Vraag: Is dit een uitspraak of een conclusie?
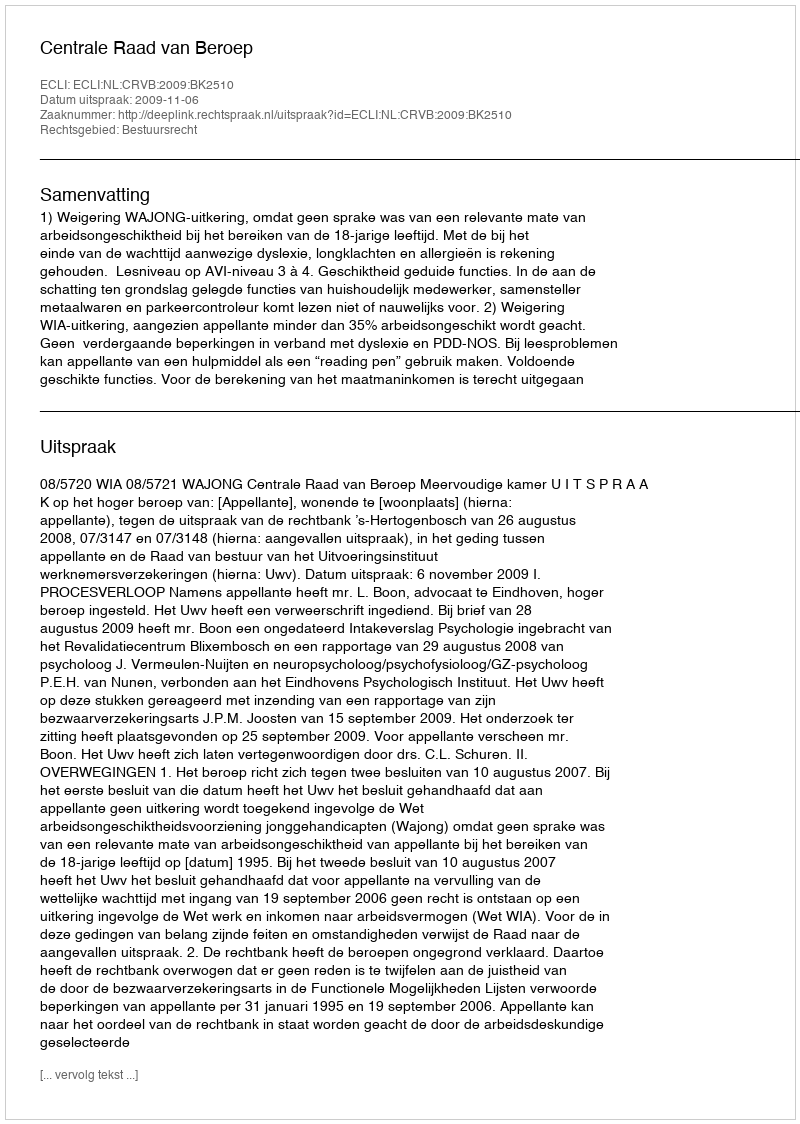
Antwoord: Uitspraak